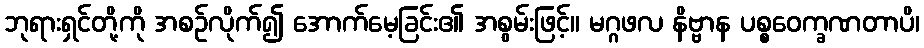
ဘုရားရှင်တို့ကို အစဉ်လိုက်၍ အောက်မေ့ခြင်း၏ အစွမ်းဖြင့်။ မဂ္ဂဖလ နိဗ္ဗာန ပစ္စဝေက္ခဏတာပိ၊